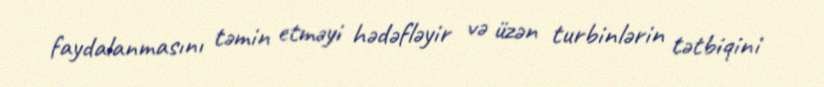
faydalanmasını təmin etməyi hədəfləyir və üzən turbinlərin tətbiqini